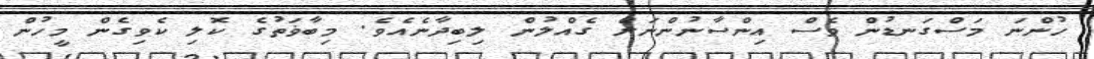
ހުންނަ މަސްގަނޑުން ވެސް އިންސާނުންނަށް ގެއްލުން ލިބިދާނެއެވެ. މިބާޥަތުގެ ކޮލި ކެވިގެން މީހުން